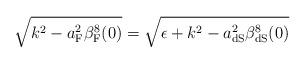
LaTeX: \begin{align*}\sqrt{k^2-a_{\rm F}^2\beta_{\rm F}^8(0)}=\sqrt{\epsilon +k^2-a^2_{\rm dS}\beta^8_{\rm dS}(0)}\end{align*}